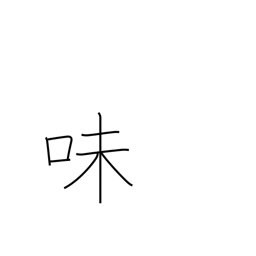
Meaning: flavor